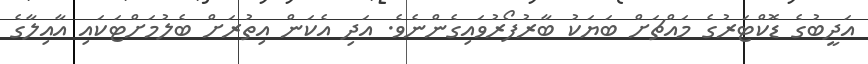
އަދީބުގެ ޑޮކްޓަރުގެ މައްޗަށް ބަޔަކު ބާރުފޯރުވައިގެންނެވެ. އަދި އެކަން އިތުރަށް ބެލުމަށްޓަކައި އާއިލާގެ